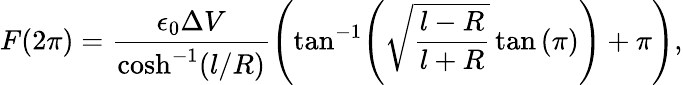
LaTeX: F(2\pi)=\frac{\epsilon_{0}\Delta V}{\cosh^{-1}(l/R)}\left(\tan^{-1}\! \left(\sqrt{\frac{l-R}{l+R}}\tan\left(\pi\right)\right)+\pi\right),